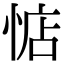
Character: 惦